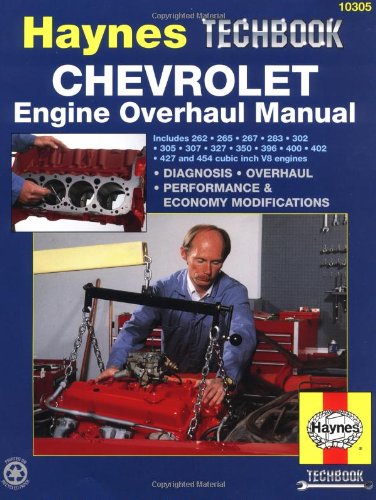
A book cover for Chevrolet Engine Overhaul Manual (Haynes Repair Manuals); John Haynes; Engineering & Transportation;